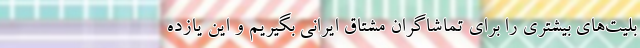
بلیت‌های بیشتری را برای تماشاگران مشتاق ایرانی بگیریم و این یازده